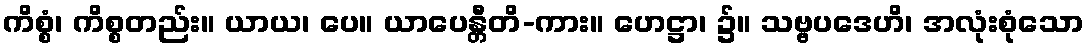
ကိစ္စံ၊ ကိစ္စတည်း။ ယာယ၊ ပေ။ ယာပေန္တီတိ-ကား။ ဟေဋ္ဌာ၊ ၌။ သဗ္ဗပဒေဟိ၊ အလုံးစုံသော